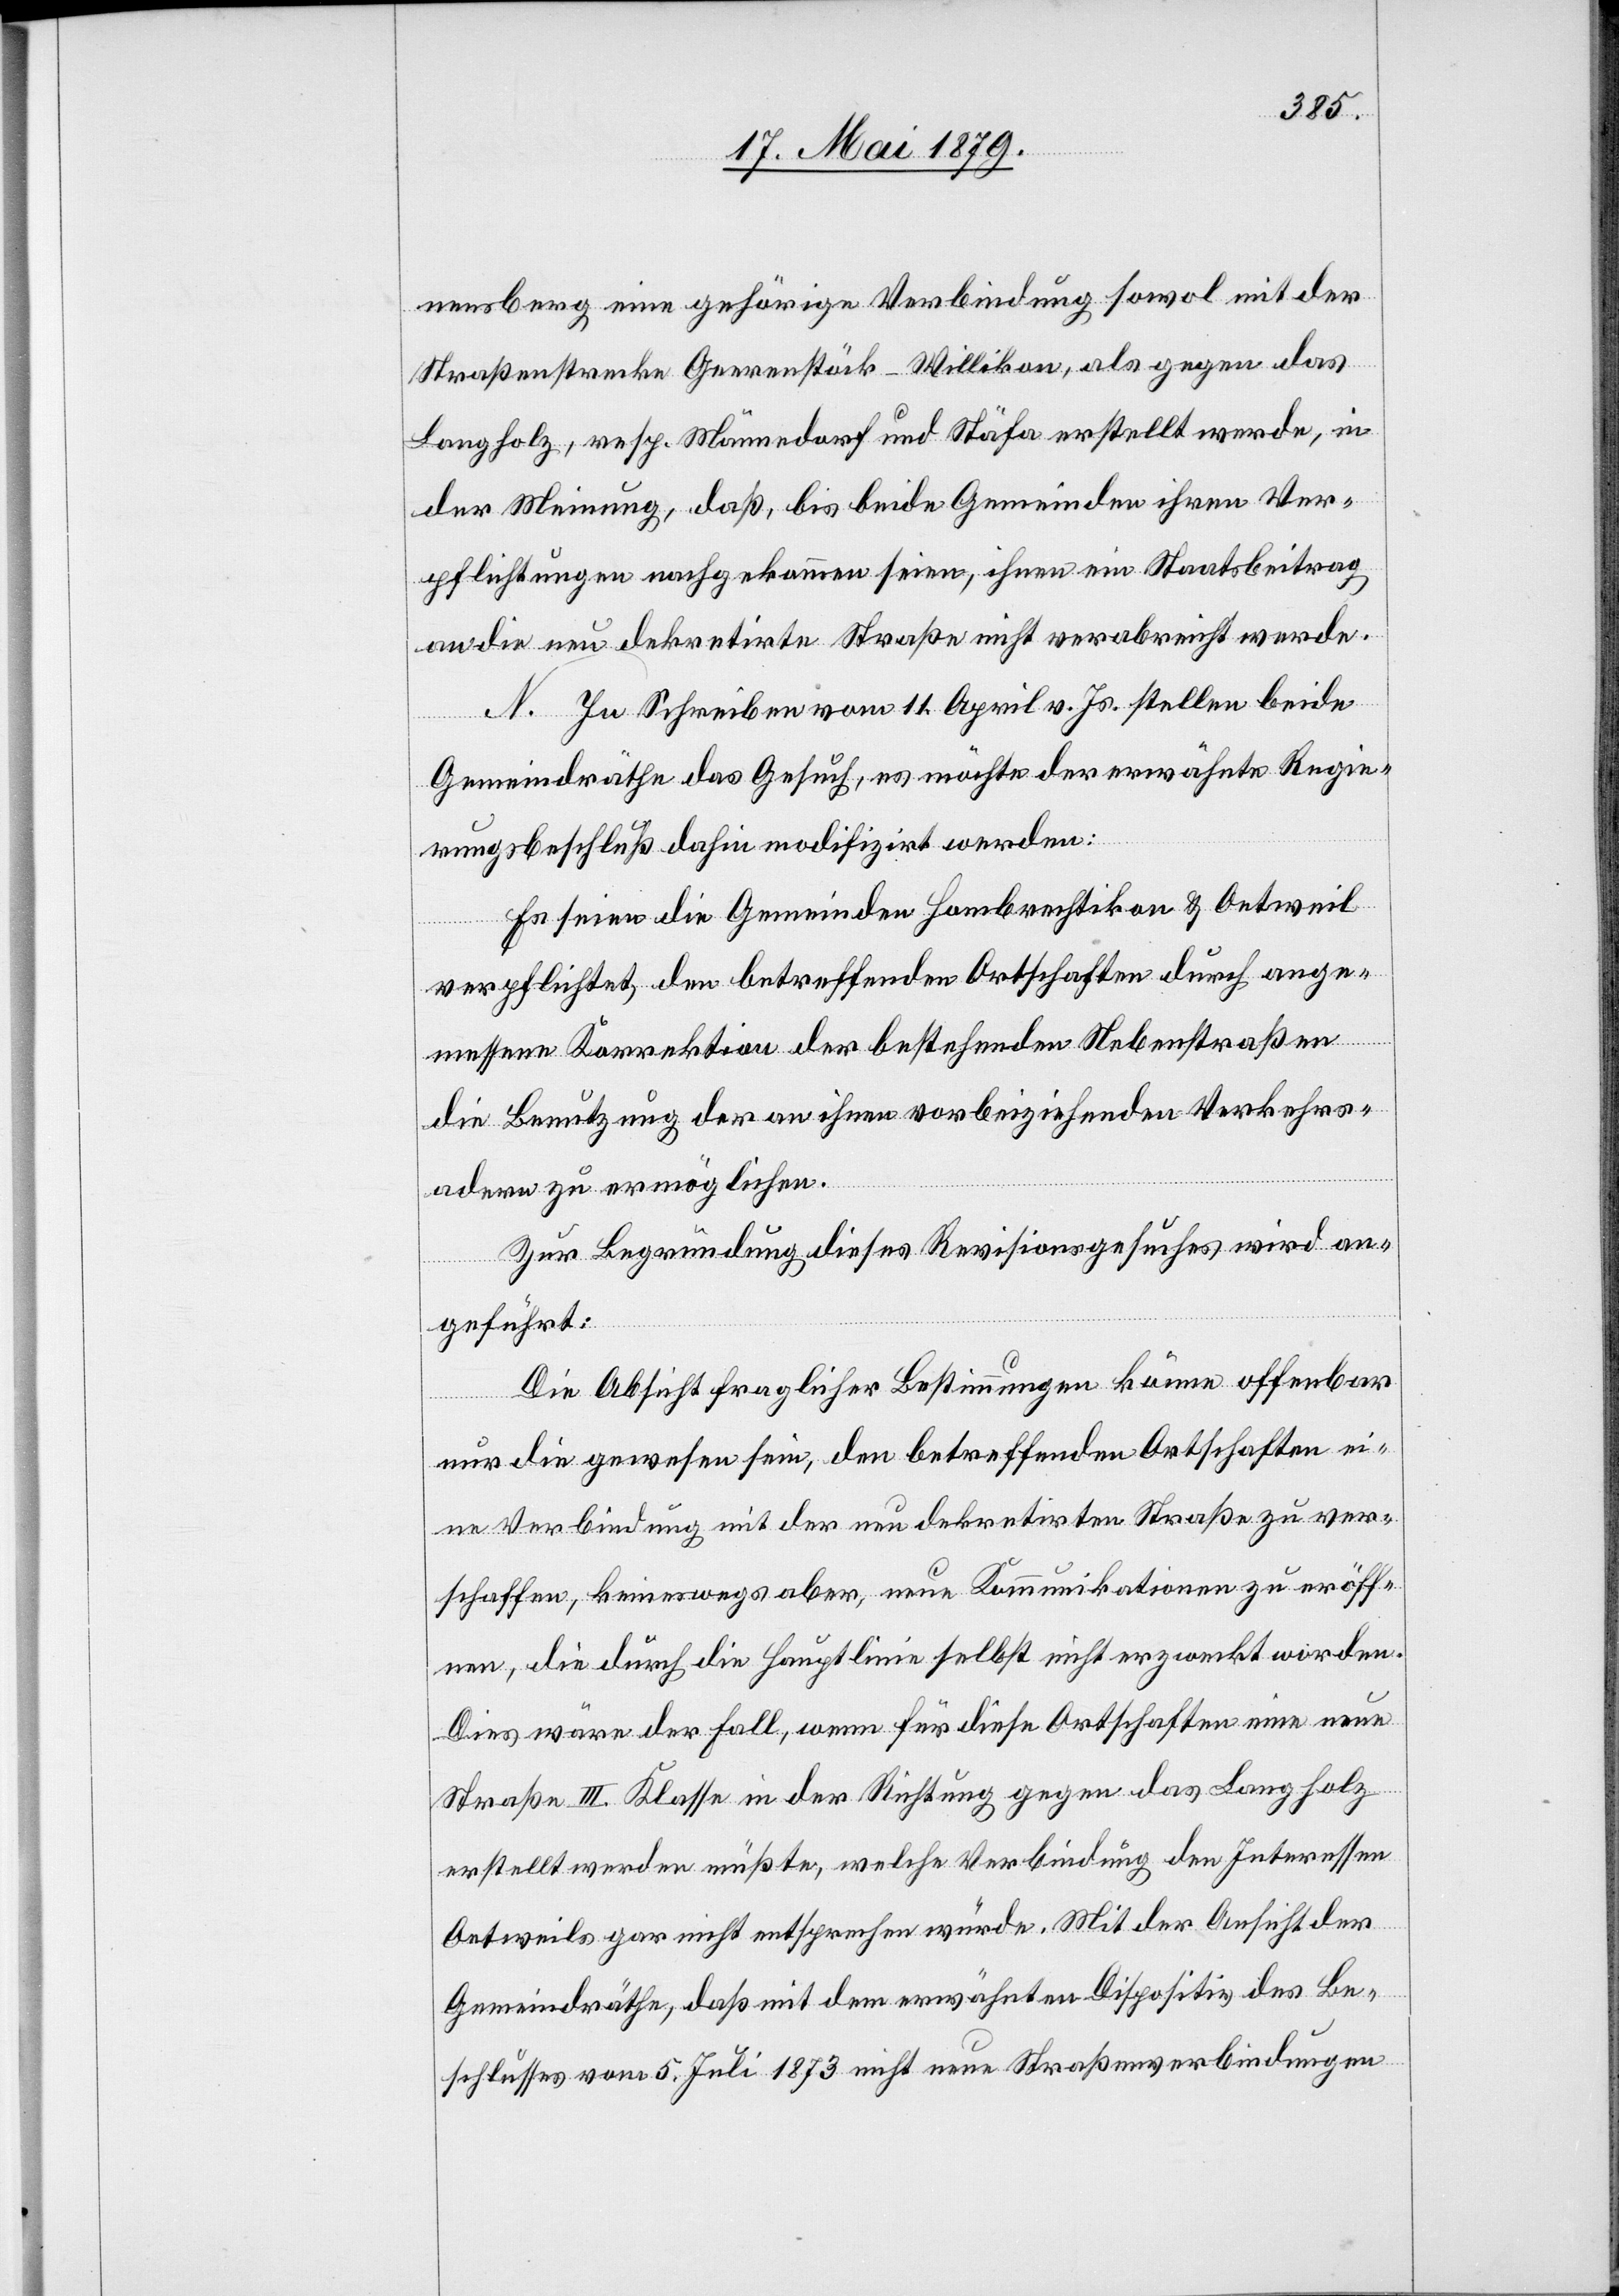
nensberg eine gehörige Verbindung sowol mit der
Straßenstrecke Geerenstöck–Willikon, als gegen das
Langholz, resp. Männedorf und Stäfa erstellt werde, in
der Meinung, daß, bis beide Gemeinden ihren Ver¬
pflichtungen nachgekommen seien, ihnen ein Staatsbeitrag
an die neu dekretirte Straße nicht verabreicht werde.
N. In Schreiben vom 11. April v. Js. stellen beide
Gemeindräthe das Gesuch, es möchte der erwähnte Regie¬
rungsbeschluß dahin modifizirt werden:
Es seien die Gemeinden Hombrechtikon & Oetweil
verpflichtet, den betreffenden Ortschaften durch ange¬
messene Korrektion der bestehenden Nebenstraßen
die Benutzung der an ihnen vorbeiziehenden Verkehrs¬
adern zu ermöglichen.
Zur Begründung dieses Revisionsgesuches wird an¬
geführt:
Die Absicht fraglicher Bestimmungen könne offenbar
nur die gewesen sein, den betreffenden Ortschaften ei¬
ne Verbindung mit der neu dekretirten Straße zu ver¬
schaffen, keineswegs aber, neue Kommunikationen zu eröff¬
nen, die durch die Hauptlinie selbst nicht erzweckt worden.
Dies wäre der Fall, wenn für diese Ortschaften eine neue
Straße III. Klasse in der Richtung gegen das Langholz
erstellt werden müßte, welche Verbindung den Interessen
Oetweils gar nicht entsprechen würde. Mit der Ansicht der
Gemeindräthe, daß mit dem erwähnten Dispositiv des Be¬
schlusses vom 5. Juli 1873 nicht neue Straßenverbindungen